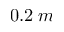
0 . 2 \; m